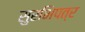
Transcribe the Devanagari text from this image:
सुरभिपत्र